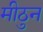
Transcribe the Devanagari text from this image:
मीठुन